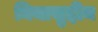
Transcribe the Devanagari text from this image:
घियासुद्दीन